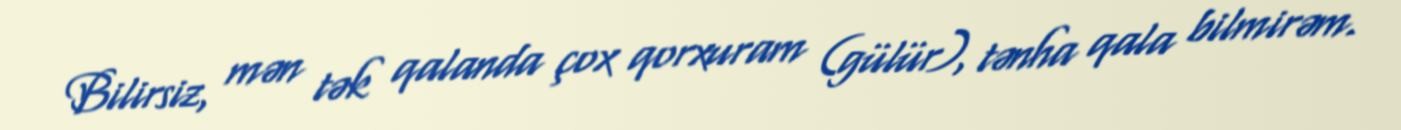
Bilirsiz, mən tək qalanda çox qorxuram (gülür), tənha qala bilmirəm.